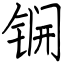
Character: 锎